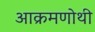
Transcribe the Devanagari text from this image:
आक्रमणोथी